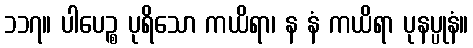
၁၁၇။ ပါပေဉ္စ ပုရိသော ကယိရာ၊ န နံ ကယိရာ ပုနပ္ပုနံ။